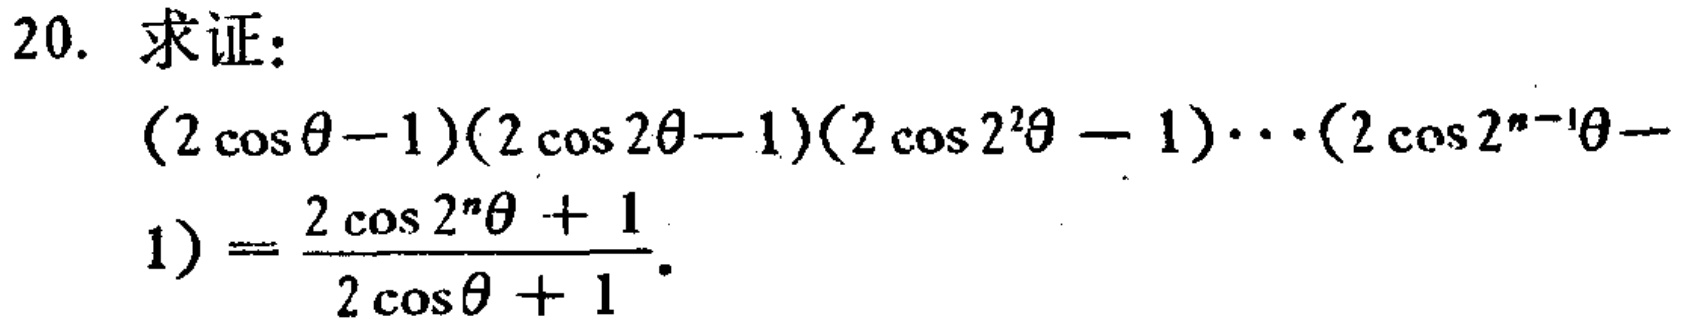
20. 求证：

\((2\cos\theta - 1)(2\cos2\theta - 1)(2\cos2^{2}\theta - 1)\cdots(2\cos2^{n - 1}\theta - 1)=\frac{2\cos2^{n}\theta + 1}{2\cos\theta + 1}\)